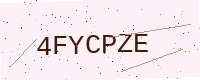
Text: 4FYCPZE